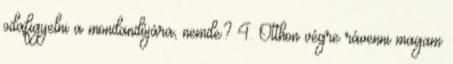
odafigyelni a mondandójára, nemde? 4. Otthon végre rávenni magam